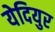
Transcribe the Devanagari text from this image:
येदियुर